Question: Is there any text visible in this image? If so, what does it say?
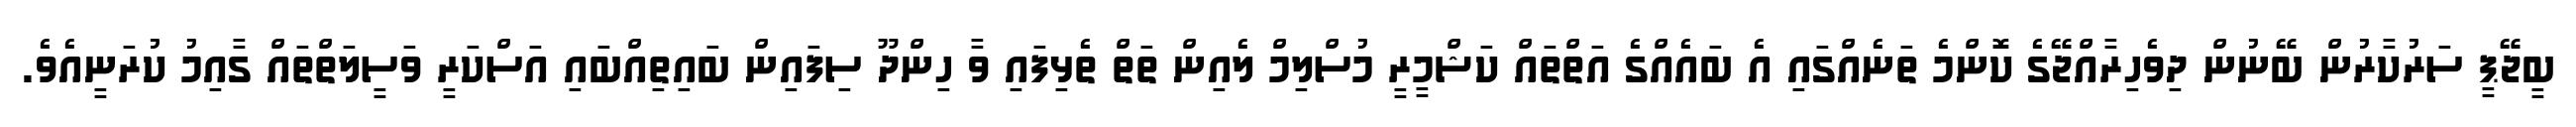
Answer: ބީޖޭޕީ ސަރުކާރުން ބޭނުން ދިވެހިރާއްޖޭގެ ކޮންމެ ތަނެއްގައި އެ ބައެއްގެ އަތްތައް ކަޝްމީރީ މުސްލިމް ލެއިން ތަތް ތެޅިފައި ވާ ހިންދޫ ސިފައިން ބައިތިއްބައި އަސްކަރީ ވަސީލަތްތައް ގާއިމު ކުރަނީއެވެ.